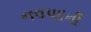
નવપદની